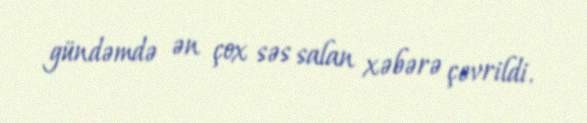
gündəmdə ən çox səs salan xəbərə çevrildi.